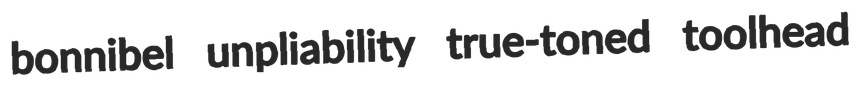
bonnibel unpliability true-toned toolhead